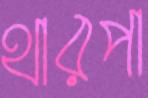
থারপা